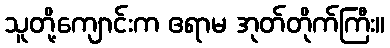
သူတို့ကျောင်းက ဧရာမ အုတ်တိုက်ကြီး။